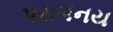
પરાગનય